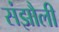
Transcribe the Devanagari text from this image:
संझौली